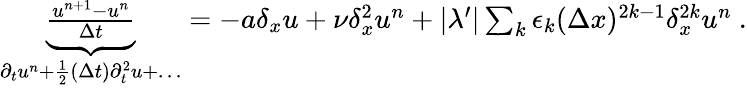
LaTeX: \begin{array}{r}{\underbrace{\frac{u^{n+1}-u^{n}}{\Delta t}}_{\partial_{t}u^{n}+\frac{1}{2}(\Delta t)\partial_{t}^{2}u+\dots}=-a\delta_{x}u+\nu\delta_{x}^{2}u^{n}+|\lambda^{\prime}|\sum_{k}\epsilon_{k}(\Delta x)^{2k-1}\delta_{x}^{2k}u^{n}\ .}\end{array}